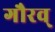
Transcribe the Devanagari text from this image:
गौरव्